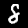
Label: 8